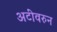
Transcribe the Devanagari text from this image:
अटींवरुन